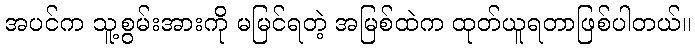
အပင်က သူ့စွမ်းအားကို မမြင်ရတဲ့ အမြစ်ထဲက ထုတ်ယူရတာဖြစ်ပါတယ်။